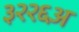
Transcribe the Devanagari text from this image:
३२२६अ